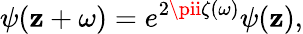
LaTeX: \psi(\mathbf{z}+\omega)=e^{2\pii\zeta(\omega)}\psi(\mathbf{z}),